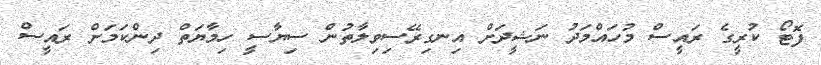
ފޮޓޯ ކުރީގެ ރައީސް މުހައްމަދު ނަޝީދަށް އިނގިރޭސިވިލާތުން ސިޔާސީ ހިމާޔަތް ދިންކަމަށް ރައީސް